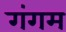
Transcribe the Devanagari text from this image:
गंगम